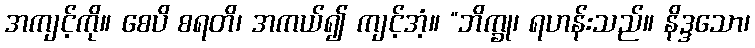
အကျင့်ကို။ စေပိ စရတိ၊ အကယ်၍ ကျင့်အံ့။ “ဘိက္ခု၊ ရဟန်းသည်။ နိဒ္ဒသော၊